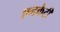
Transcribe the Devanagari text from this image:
एनकेटी